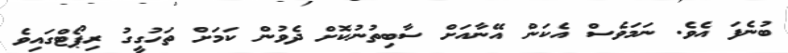
ބުނެފަ އެވެ. ނަމަވެސް އެކަން އޭނާއަށް ސާބިތުނުކޮށް ދެވުން ކަަމަށް ތަހުގީގު ރިޕޯޓްގައިވެ